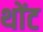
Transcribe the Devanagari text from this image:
थोंट